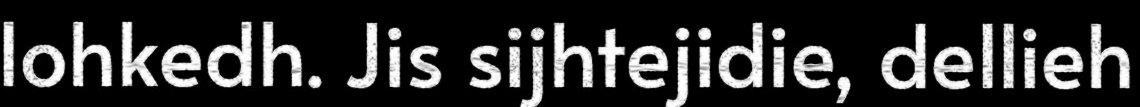
lohkedh. Jis sijhtejidie, dellieh